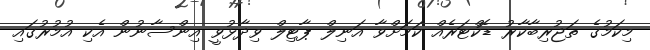
މިކަމުގެ ތަޖުރިބާކާރު ޑޮކްޓަރެއް ކަމަށްވާ އަނިލް ޕާޓިލް ވިދާޅުވީ އިންސާނުން އެކި އުމުރުގައި